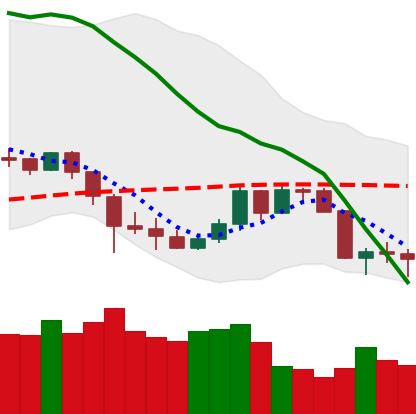
Ticker: DOGE-USD
Chart end date: 2020-03-11
Forward return: -27.335%
Label: down_7plus